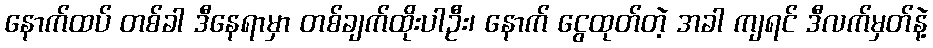
နောက်ထပ် တစ်ခါ ဒီနေရာမှာ တစ်ချက်ထိုးပါဦး၊ နောက် ငွေထုတ်တဲ့ အခါ ကျရင် ဒီလက်မှတ်နဲ့